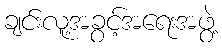
ချင်းလူ့အခွင့်အရေးအဖွဲ့